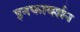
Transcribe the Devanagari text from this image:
इनफार्क्शन